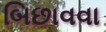
બિછાવવા